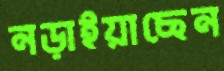
নড়াইয়াছেন